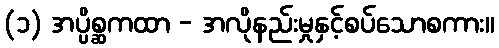
(၁) အပ္ပိစ္ဆကထာ - အလိုနည်းမှုနှင့်စပ်သောစကား။